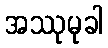
အဿုမုခါ